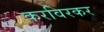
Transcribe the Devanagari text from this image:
करविरकर